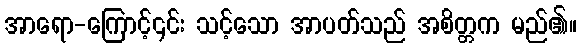
အာရော-ကြောင့်၎င်း သင့်သော အာပတ်သည် အစိတ္တက မည်၏။